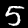
Digit: 5